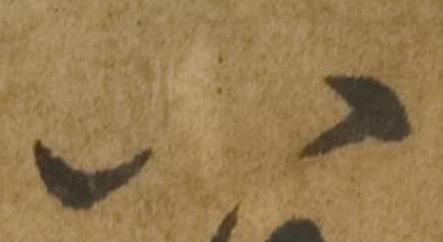
八